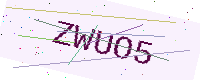
Text: ZWUO5